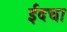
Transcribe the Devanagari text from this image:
ईदचा